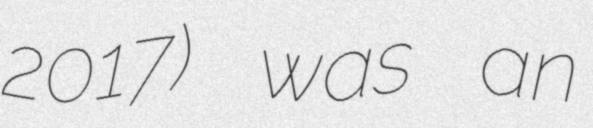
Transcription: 2017) was an